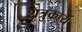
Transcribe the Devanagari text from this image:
शत्रुकार्य